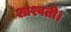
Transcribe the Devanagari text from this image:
शाश्वती।